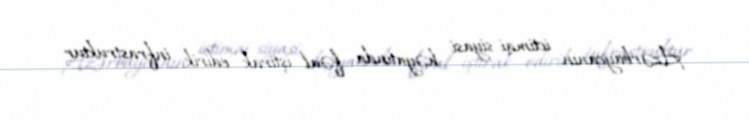
Azərbaycanın ictimai-siyasi həyatında fəal iştirak edirik, infrastruktur